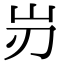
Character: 岃